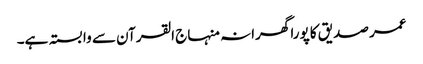
عمر صدیق کا پورا گھرانہ منہاج القرآن سے وابستہ ہے۔